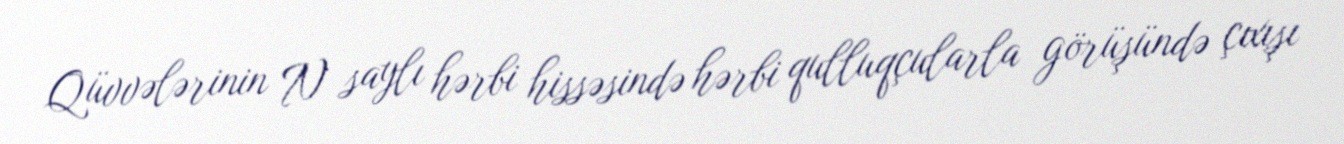
Qüvvələrinin N saylı hərbi hissəsində hərbi qulluqçularla görüşündə çıxışı